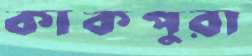
কাকপুরা